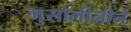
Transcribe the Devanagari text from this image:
मुसोलीनीने